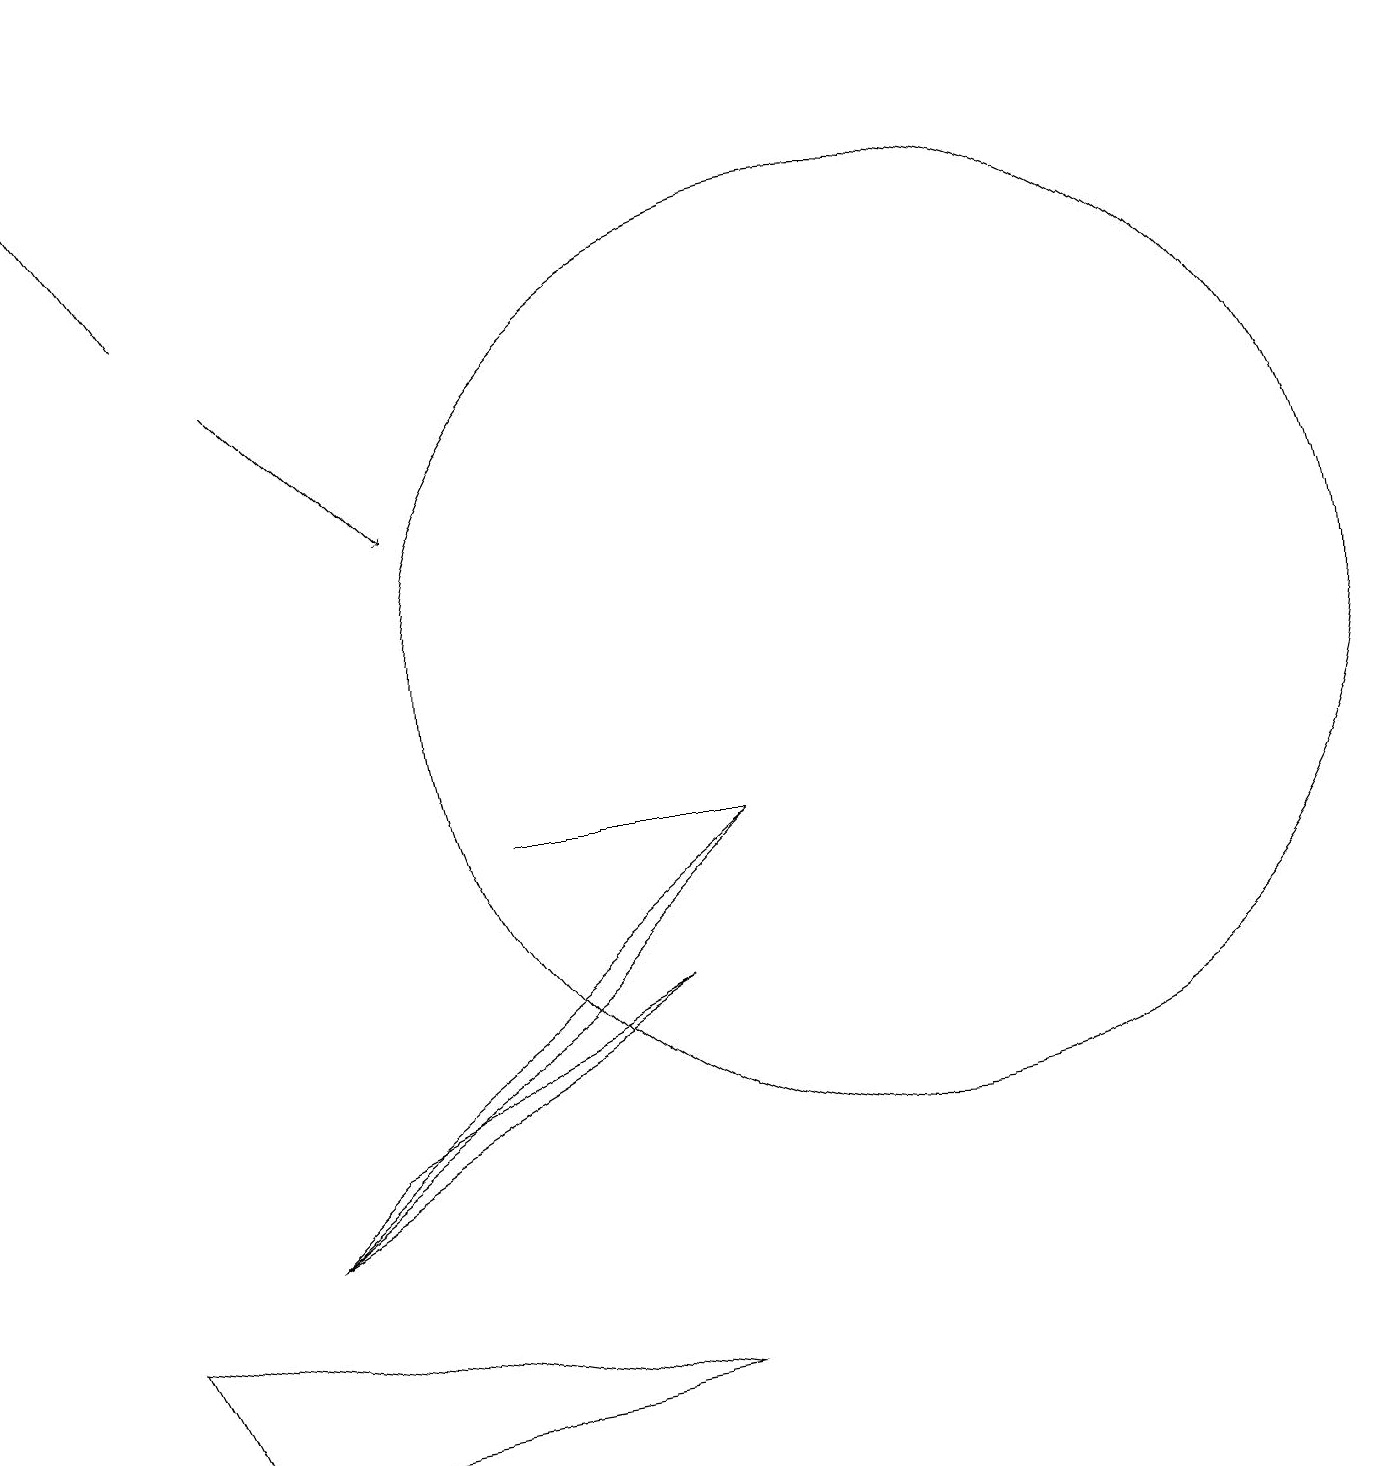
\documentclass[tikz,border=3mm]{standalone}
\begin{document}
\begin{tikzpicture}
\draw (9,8) -- (6,8) -- (8,8) -- cycle;
\draw[->] (3,14) -- (5,12);
\draw (1,2) -- (8,1) -- (2,0) -- cycle;
\draw[->] (2,15) -- (0,18);
\draw (3,3) -- (7,6) -- (9,8) -- cycle;
\draw (11,10) circle (6);
\draw (8,6) -- (3,3) -- (4,4) -- cycle;
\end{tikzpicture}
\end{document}